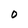
Character: O